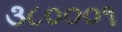
૩૮૦૦૦૧